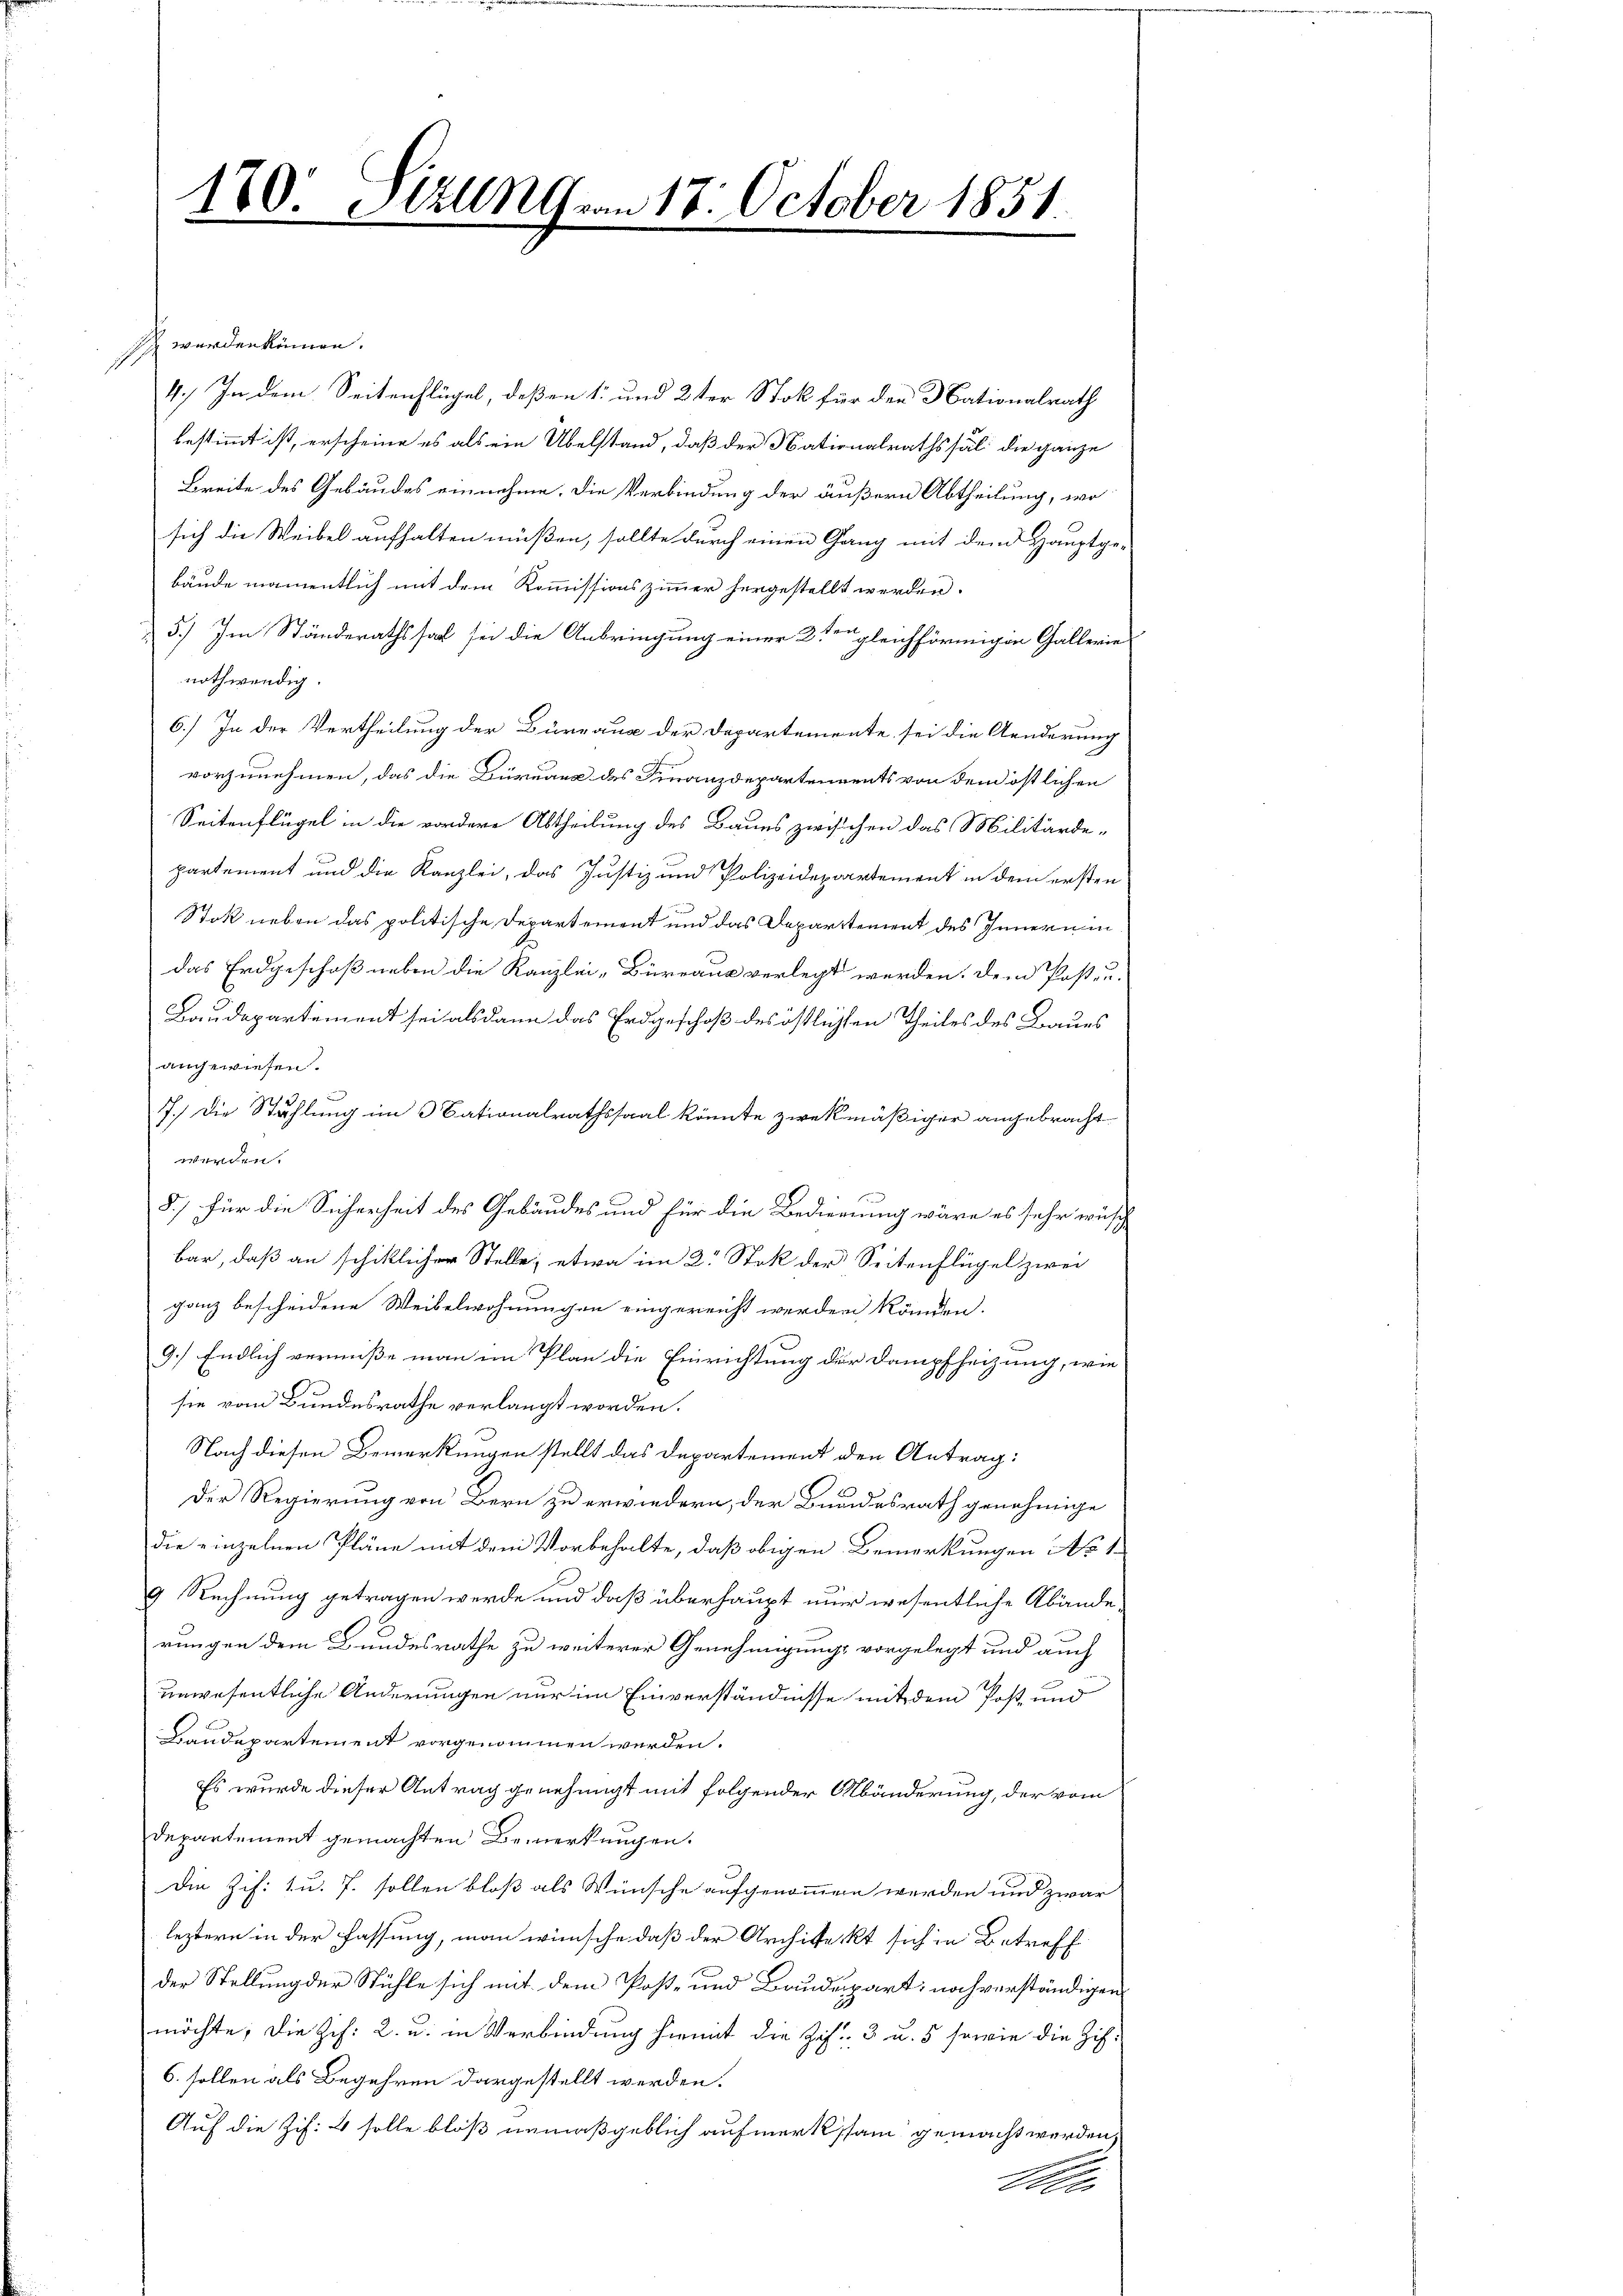
180. AUG von 18. October 1851.
n

werdenkenge.
4.) In dem Seitenflügel, deßen 1. und 2ter Stok für den Nationalrath
bestimmt ist, erscheine es als ein Übelstand, daß der Nationalrathssäl: die ganze
Breite des Gebäudes einnehme. Die Verbindung der äußern Abtheilung, wo
sich die Weibel aufhalten müßen, sollte durch einen Gang mit dem Hauptge-
bände namentlich mit dem Kommissionszimmer hergestellt werden.
5.) Im Ständerathssaal sei die Anbringung einer 2 ten gleichförmigen Gallerie
nothwendig.
6.) In der Vertheilung der Büreaus der Departemente sei die Aenderung
vorzunehmen, das die Büreaux des Furanzdepartements von dem östlichen
Seitenflügel in die vordere Abtheilung des Baues zwischen das Militärde-
partement und die Kanzlei, das Justiz und Polizeidepartement in dem ersten
Stok neben das politische Departement und das Departement des Innern in
das Erdgeschoß neben die Kanzlei-Büreaus verlegt werden. Dem Posten-
Baudepartement sei alsdann das Erdgeschoß des östlichten Theiles des Baues
angewiesen.
7.) Die Stählung im Nationalrathssaal könnte zwekmäßiger angebracht
werden.
8.) für die Sicherheit des Gebäudes und für die Bedienung wäre es sehr wusch
bar, daß an schiklicher Stelle, etwa im 2. Stok der Seitenflügel zwei
ganz bescheidene Weibelwohnungen eingereicht werden können.
9.) Endlich vermiße man im Plan die Einrichtung der Dampfheizung, wie
sie vom Bundesrathe verlangt worden.
Nach diesen Bemerkungen stellt das Departement den Antrag:
Der Regierung von Bern zu erwiedern, der Bundesrath genehmige
die einzelnen Pläne mit dem Vorbehalte, daß obigen Bemerkungen No 1
9. Rechnung getragen werde und daß überhaupt nur wesentliche Abände
rungen dem Bundesrathe zu weiterer Genehmigungs vorgelegt und auch
unwesentliche Änderungen nur im Einverständnisse mit dem Post und
Baudepartement vorgenommen werden.
Es wurde dieser Antrag genehmigt mit folgender Abänderung, der vom
Departement gemachten Bemerkungen.
Die Zif. 1 u. 7. sollen bloß als Wünsche aufgenommen werden und zwar
leztern in der fassung, man wünsche daß der Architekt sich in Betreff
der Stellung der Stühle sich mit dem Post- und Baudepart, noch verständigen
möchte, die Zif. 2. u. in Verbindung hiemit die Zif. 3 u. 5 sowie die Zif.
6. sollen als Begehren dargestellt werden.
Auf die Zif. 4 solle bloß unmaßgeblich aufmerksam gemacht werden,
Meer